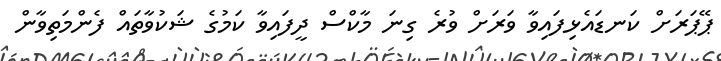
ޕޭޕަރަށް ކަނޑައެޅިފައިވާ ވަރަށް ވުރެ ގިނަ މާކްސް ދީފައިވާ ކަމުގެ ޝަކުވާތައް ފެންމަތިވާން